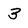
Character: 3